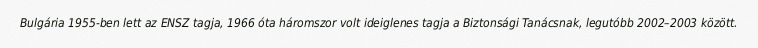
Bulgária 1955-ben lett az ENSZ tagja, 1966 óta háromszor volt ideiglenes tagja a Biztonsági Tanácsnak, legutóbb 2002–2003 között.